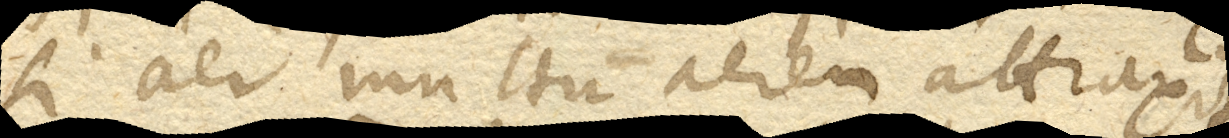
si aer multum aerem attraxit.